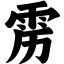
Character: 雳